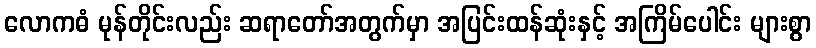
လောကဓံ မုန်တိုင်းလည်း ဆရာတော်အတွက်မှာ အပြင်းထန်ဆုံးနှင့် အကြိမ်ပေါင်း များစွာ